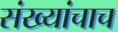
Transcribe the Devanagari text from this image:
संख्यांचाच